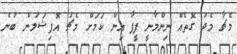
މެޗާ މެދު ގޮތެއް ނިންމާނީ ފީފާ އިން ކަމަށް މެޗު އޮފިޝަލުން ބުނެ